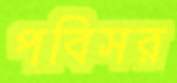
পবিসর